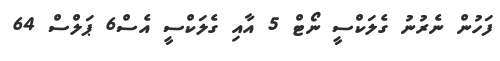
ފަހުން ނެރުނު ގެލަކްސީ ނޯޓް 5 އާއި ގެލަކްސީ އެސް6 ޕަލްސް 64